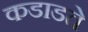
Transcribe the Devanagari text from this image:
कडाडते